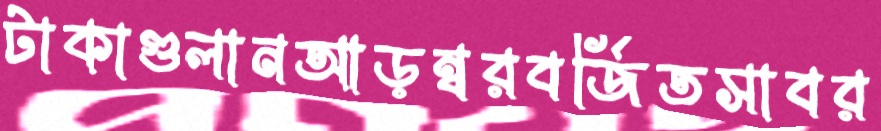
টাকাগুলানআড়ম্বরবর্জিতসাবর